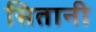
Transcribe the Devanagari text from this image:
सितानी